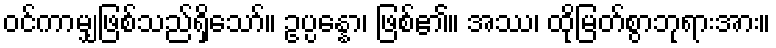
ဝင်ကာမျှဖြစ်သည်ရှိသော်။ ဥပ္ပန္နော၊ ဖြစ်၏။ အဿ၊ ထိုမြတ်စွာဘုရားအား။